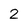
Character: 2